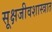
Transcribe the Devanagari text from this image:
सूक्षजीवशास्त्रात